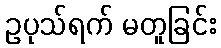
ဥပုသ်ရက် မတူခြင်း